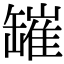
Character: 𦉎